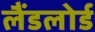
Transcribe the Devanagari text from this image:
लैंडलोर्ड